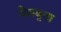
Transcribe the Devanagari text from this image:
वैद्यबुवा